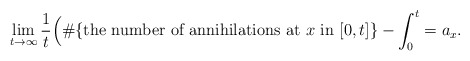
\begin{align*}\lim_{t\to\infty}\frac{1}{t}\Big(\#\{\mbox{the number of annihilations at $x$ in $[0,t]$}\}-\int_0^t=a_x.\end{align*}